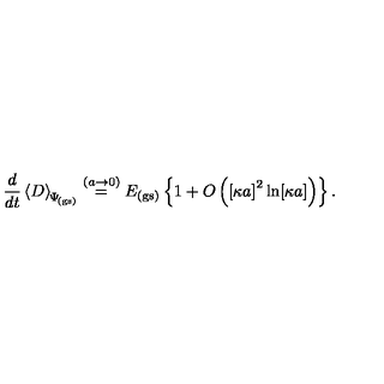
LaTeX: \frac { d } { d t } \left\langle D \right\rangle _ { \scriptstyle \! \Psi _ { \mathrm { \! { \scriptscriptstyle ( g s ) } } } } \stackrel { ( a \rightarrow 0 ) } { = } E _ { \mathrm { ( g s ) } } \left\{ 1 + O \left( \left[ \kappa a \right] ^ { 2 } \ln [ \kappa a ] \right) \right\} .